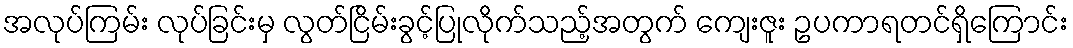
အလုပ်ကြမ်း လုပ်ခြင်းမှ လွတ်ငြိမ်းခွင့်ပြုလိုက်သည့်အတွက် ကျေးဇူး ဥပကာရတင်ရှိကြောင်း